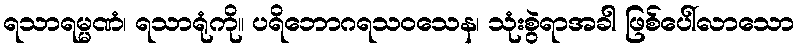
ရသာရမ္မဏံ၊ ရသာရုံကို။ ပရိဘောဂရသဝသေန၊ သုံးစွဲရာအခါ ဖြစ်ပေါ်လာသော